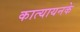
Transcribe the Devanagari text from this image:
कात्यायनके